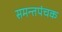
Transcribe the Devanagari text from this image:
समन्तपंचक